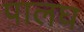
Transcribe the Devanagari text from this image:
पालघ